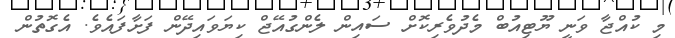
މި ކުއްޖާ ވަނީ ޔޫޓިއުބް މެދުވެރިކޮށް ސައިން ލެންގުއޭޖް ކިޔަވައިދޭން ފަށާފައެވެ. އެގޮތުން